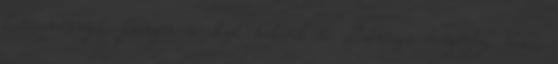
kedvezménnyel. Benzin és dízel motorok és alkatrészei hengerfej, blokk,